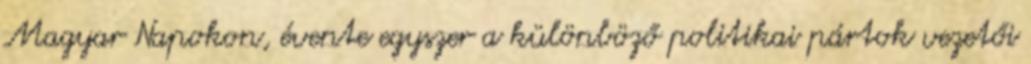
Magyar Napokon, évente egyszer a különböző politikai pártok vezetői